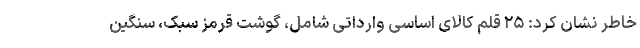
خاطر نشان کرد: ۲۵ قلم کالای اساسی وارداتی شامل، گوشت قرمز سبک، سنگین